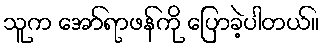
သူက အော်ရာဖန်ကို ပြောခဲ့ပါတယ်။